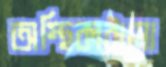
অস্থিকাঠামো